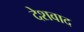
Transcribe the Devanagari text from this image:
देशवाद